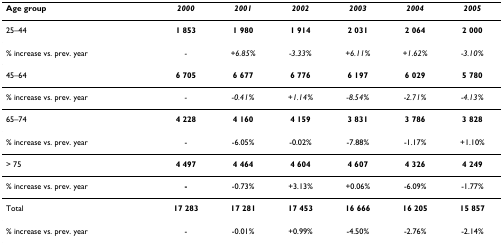
| Age group | 2000 | 2001 | 2002 | 2003 | 2004 | 2005 |
 | --- | --- | --- | --- | --- | --- | --- |
 | 25–44 | 1 853 | 1 980 | 1 914 | 2 031 | 2 064 | 2 000 |
 | % increase vs. prev. year | - | +6.85% | -3.33% | +6.11% | +1.62% | -3.10% |
 | 45–64 | 6 705 | 6 677 | 6 776 | 6 197 | 6 029 | 5 780 |
 | % increase vs. prev. year | - | -0.41% | +1.14% | -8.54% | -2.71% | -4.13% |
 | 65–74 | 4 228 | 4 160 | 4 159 | 3 831 | 3 786 | 3 828 |
 | % increase vs. prev. year | - | -6.05% | -0.02% | -7.88% | -1.17% | +1.10% |
 | > 75 | 4 497 | 4 464 | 4 604 | 4 607 | 4 326 | 4 249 |
 | % increase vs. prev. year | - | -0.73% | +3.13% | +0.06% | -6.09% | -1.77% |
 | Total | 17 283 | 17 281 | 17 453 | 16 666 | 16 205 | 15 857 |
 | % increase vs. prev. year | - | -0.01% | +0.99% | -4.50% | -2.76% | -2.14% |